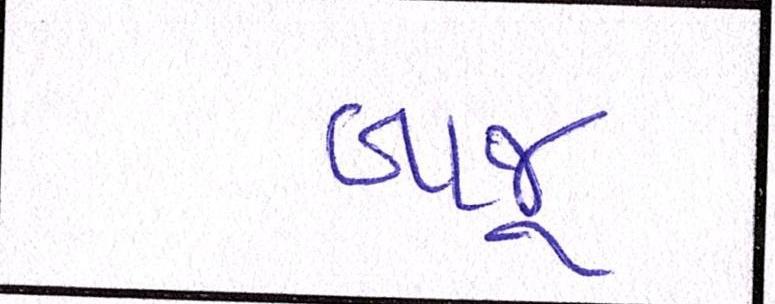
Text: બાજુ